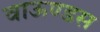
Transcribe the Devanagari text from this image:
वाऊण्डस